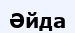
Әйда